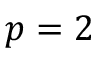
p = 2